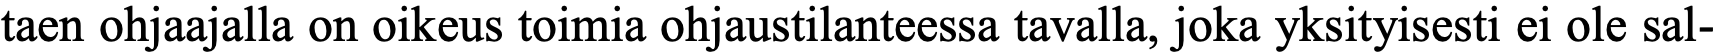
taen ohjaajalla on oikeus toimia ohjaustilanteessa tavalla, joka yksityisesti ei ole sal-